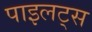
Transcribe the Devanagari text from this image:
पाइलट्स